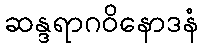
ဆန္ဒရာဂဝိနောဒနံ